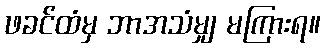
ဖခင်ထံမှ ဘာအသံမျှ မကြားရ။